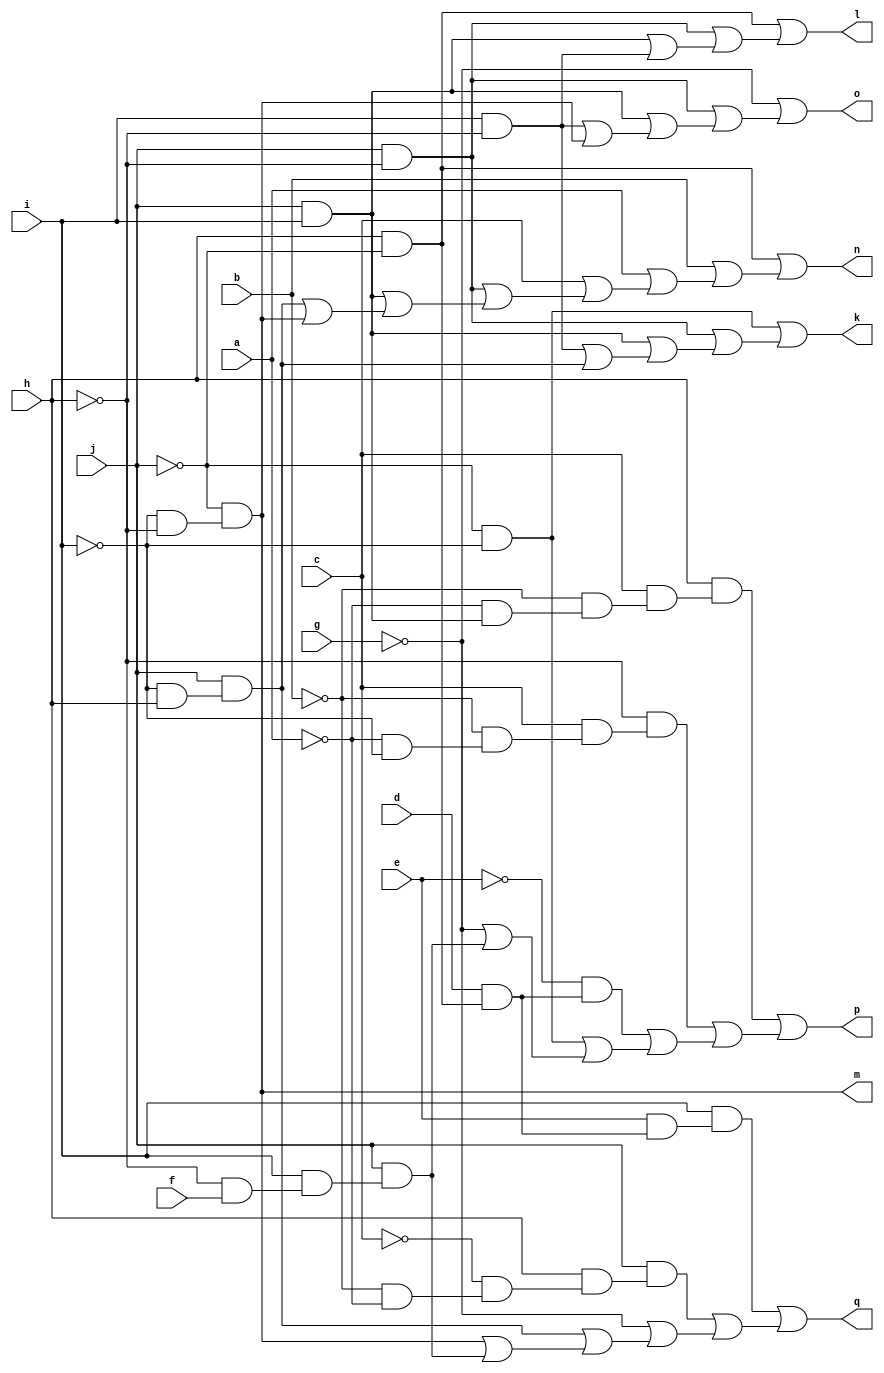
// IWLS benchmark module "x2" printed on Wed May 29 16:25:48 2002
module x2(a, b, c, d, e, f, g, h, i, j, k, l, m, n, o, p, q);
input
  a,
  b,
  c,
  d,
  e,
  f,
  g,
  h,
  i,
  j;
output
  k,
  l,
  m,
  n,
  o,
  p,
  q;
wire
  f0,
  g0,
  h0,
  \[0] ,
  i0,
  \[1] ,
  j0,
  \[2] ,
  \[3] ,
  \[4] ,
  \[5] ,
  \[6] ;
assign
  f0 = i & ~h,
  g0 = j & (~i & h),
  h0 = j & (i & (~h & f)),
  \[0]  = (~j & ~i) | (i0 | (j0 | (f0 | g0))),
  i0 = j & ~h,
  \[1]  = (~j & h) | (i0 | (j0 | f0)),
  k = \[0] ,
  l = \[1] ,
  m = \[2] ,
  n = \[3] ,
  o = \[4] ,
  p = \[5] ,
  q = \[6] ,
  j0 = j & i,
  \[2]  = ~j & (~i & ~h),
  \[3]  = (~j & h) | (b | (a | (c | (i0 | (j0 | (g0 | \[2] )))))),
  \[4]  = ~g | (i0 | (j0 | (f0 | \[2] ))),
  \[5]  = (h & (c & (~b & (~a & (j & i))))) | ((~h & (c & (~b & (~a & ~i)))) | ((~e & (d & (h & ~j))) | ((~j & ~i) | (~g | h0)))),
  \[6]  = (i & (e & (d & (~j & h)))) | ((j & (h & (~c & (~b & ~a)))) | (~g | (g0 | (\[2]  | h0))));
endmodule